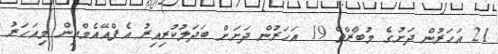
21 އަހަރުން ދަށުގެ މުބާރާތް 19 އަހަރުން ދަށަށް ބަދަލުކުރިއިރު އެފްއޭއެމްއިން މިއަހަރު